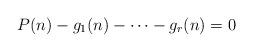
LaTeX: \begin{align*} P(n) - g_1(n) - \cdots - g_r(n) = 0 \qquad \end{align*}